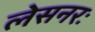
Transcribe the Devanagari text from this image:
लेसनरः